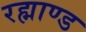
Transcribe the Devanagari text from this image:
रह्माण्ड